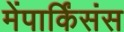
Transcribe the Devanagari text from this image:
मेंपार्किंसंस